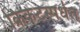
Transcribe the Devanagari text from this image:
क्रिकेटस्पर्धेत